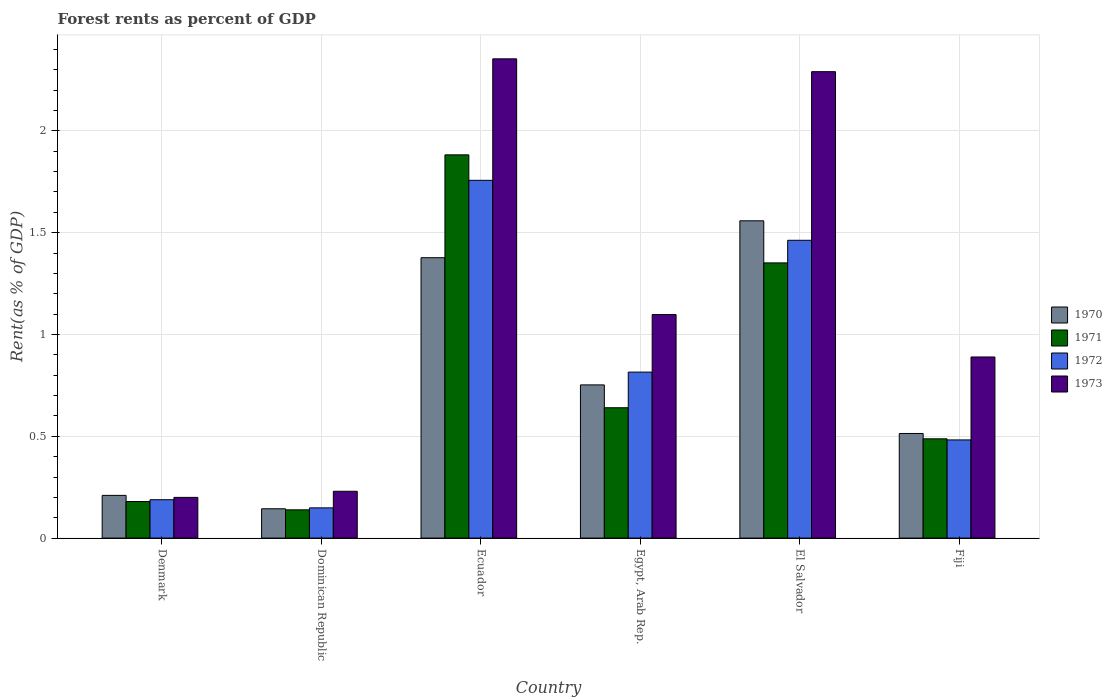
| Country | 1970 | 1971 | 1972 | 1973 |
 | --- | --- | --- | --- | --- |
 | Denmark | 0.21 | 0.18 | 0.188 | 0.2 |
 | Dominican Republic | 0.144 | 0.139 | 0.148 | 0.23 |
 | Ecuador | 1.38 | 1.88 | 1.76 | 2.35 |
 | Egypt, Arab Rep. | 0.752 | 0.64 | 0.815 | 1.1 |
 | El Salvador | 1.56 | 1.35 | 1.46 | 2.29 |
 | Fiji | 0.514 | 0.488 | 0.482 | 0.89 |